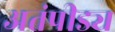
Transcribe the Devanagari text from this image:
अतंपीड्य